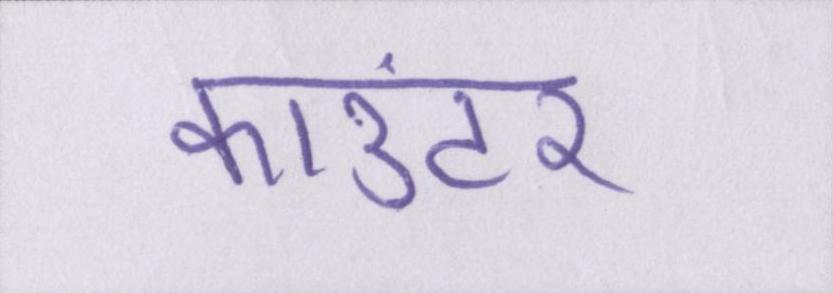
काउंटर